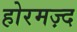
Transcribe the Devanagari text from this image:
होरमज़्द